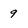
Character: 9